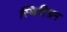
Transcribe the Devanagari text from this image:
स्थितिभ्रम